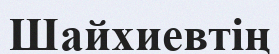
Шайхиевтің